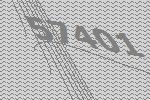
57401